Leaving Certificate Examination (including Day School Certificate (Higher) General paper), 1935
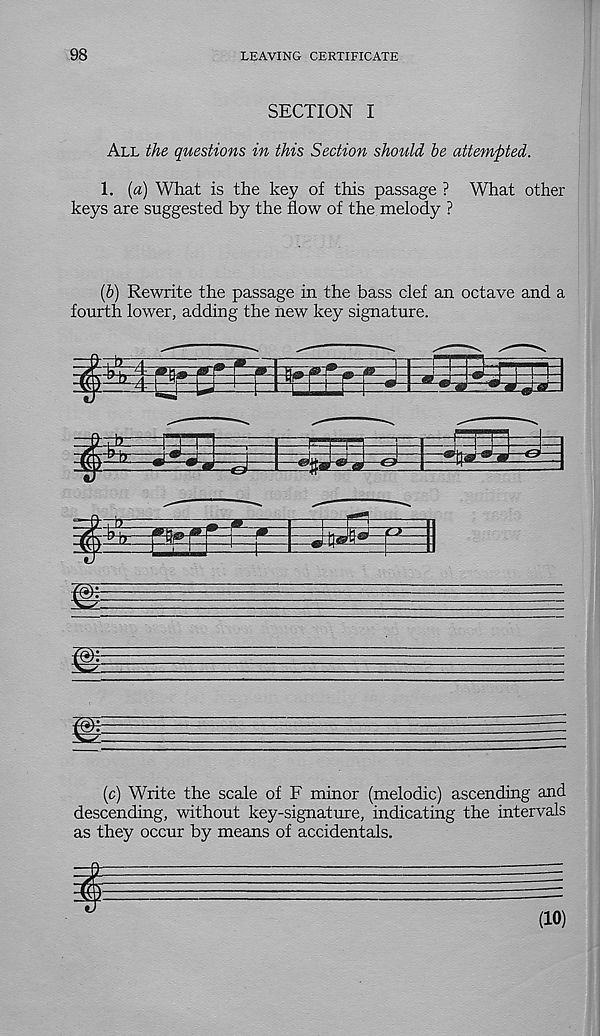
98
LEAVING CERTIFICATE
SECTION I
All the questions in this Section should be attempted.
1. {a) What is the key of this passage ? What other
keys are suggested by the flow of the melody ?
{b) Rewrite the passage in the bass clef an octave and a
fourth lower, adding the new key signature.
(c) Write the scale of F minor (melodic) ascending and
descending, without key-signature, indicating the intervals
as they occur by means of accidentals.
i
(10)